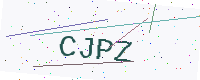
Text: CJPZ